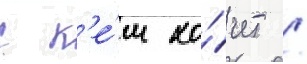
с к'е́м хо́чет /